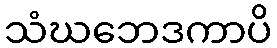
သံဃဘေဒကာပိ